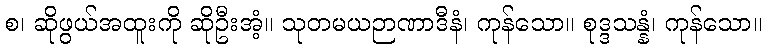
စ၊ ဆိုဖွယ်အထူးကို ဆိုဦးအံ့။ သုတမယဉာဏာဒီနံ၊ ကုန်သော။ စုဒ္ဒသန္နံ၊ ကုန်သော။